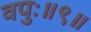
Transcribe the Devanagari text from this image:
वपुः॥९॥